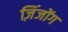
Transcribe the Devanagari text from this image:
ज़िंजोंग